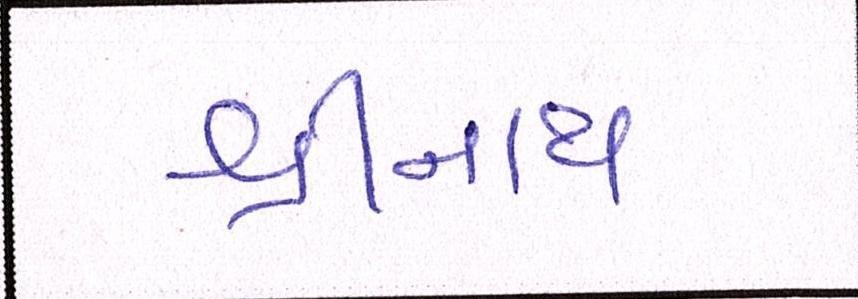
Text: શ્રીનાથ